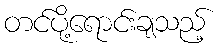
တင်ပို့ရောင်းချသည့်